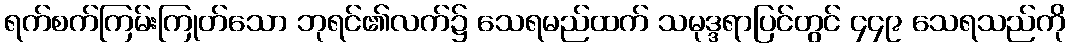
ရက်စက်ကြမ်းကြုတ်သော ဘုရင်၏လက်၌ သေရမည်ထက် သမုဒ္ဒရာပြင်တွင် ၄၄၉ သေရသည်ကို